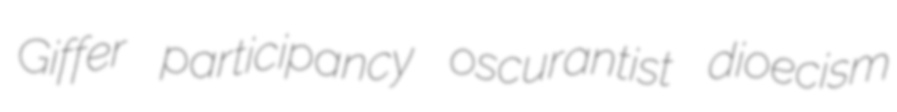
Giffer participancy oscurantist dioecism